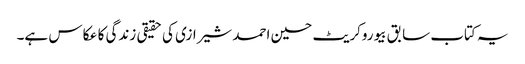
یہ کتاب سابق بیوروکریٹ حسین احمد شیرازی کی حقیقی زندگی کا عکاس ہے۔